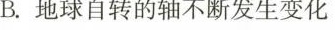
B.地球自转的轴不断发生变化